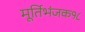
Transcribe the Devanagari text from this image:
मूर्तिभंजक१८